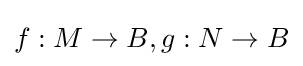
f:M\to B,g:N\to B